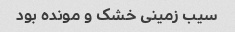
سیب زمینی خشک و مونده بود